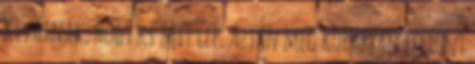
kivárnak, hogy ki mit lép. Aztán még korábban feltűnt